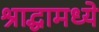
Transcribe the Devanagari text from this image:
श्राद्धामध्ये